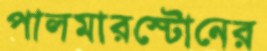
পালমারস্টোনের